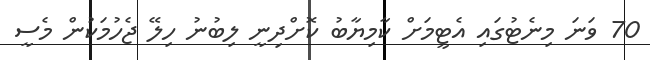
70 ވަނަ މިނެޓުގައި އެޓީމަށް ކާމިޔާބު ކޮށްދިނީ ލިބުނު ހިލޭ ޖެހުމަކުން މެސީ